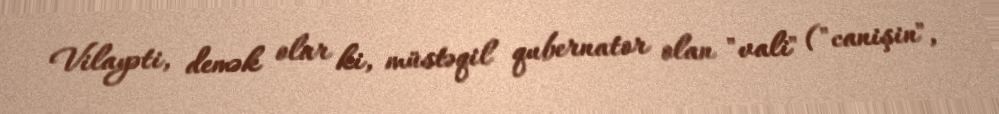
Vilayəti, demək olar ki, müstəqil qubernator olan "vali" ("canişin",